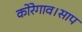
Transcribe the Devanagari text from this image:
कोरेगाव।साप